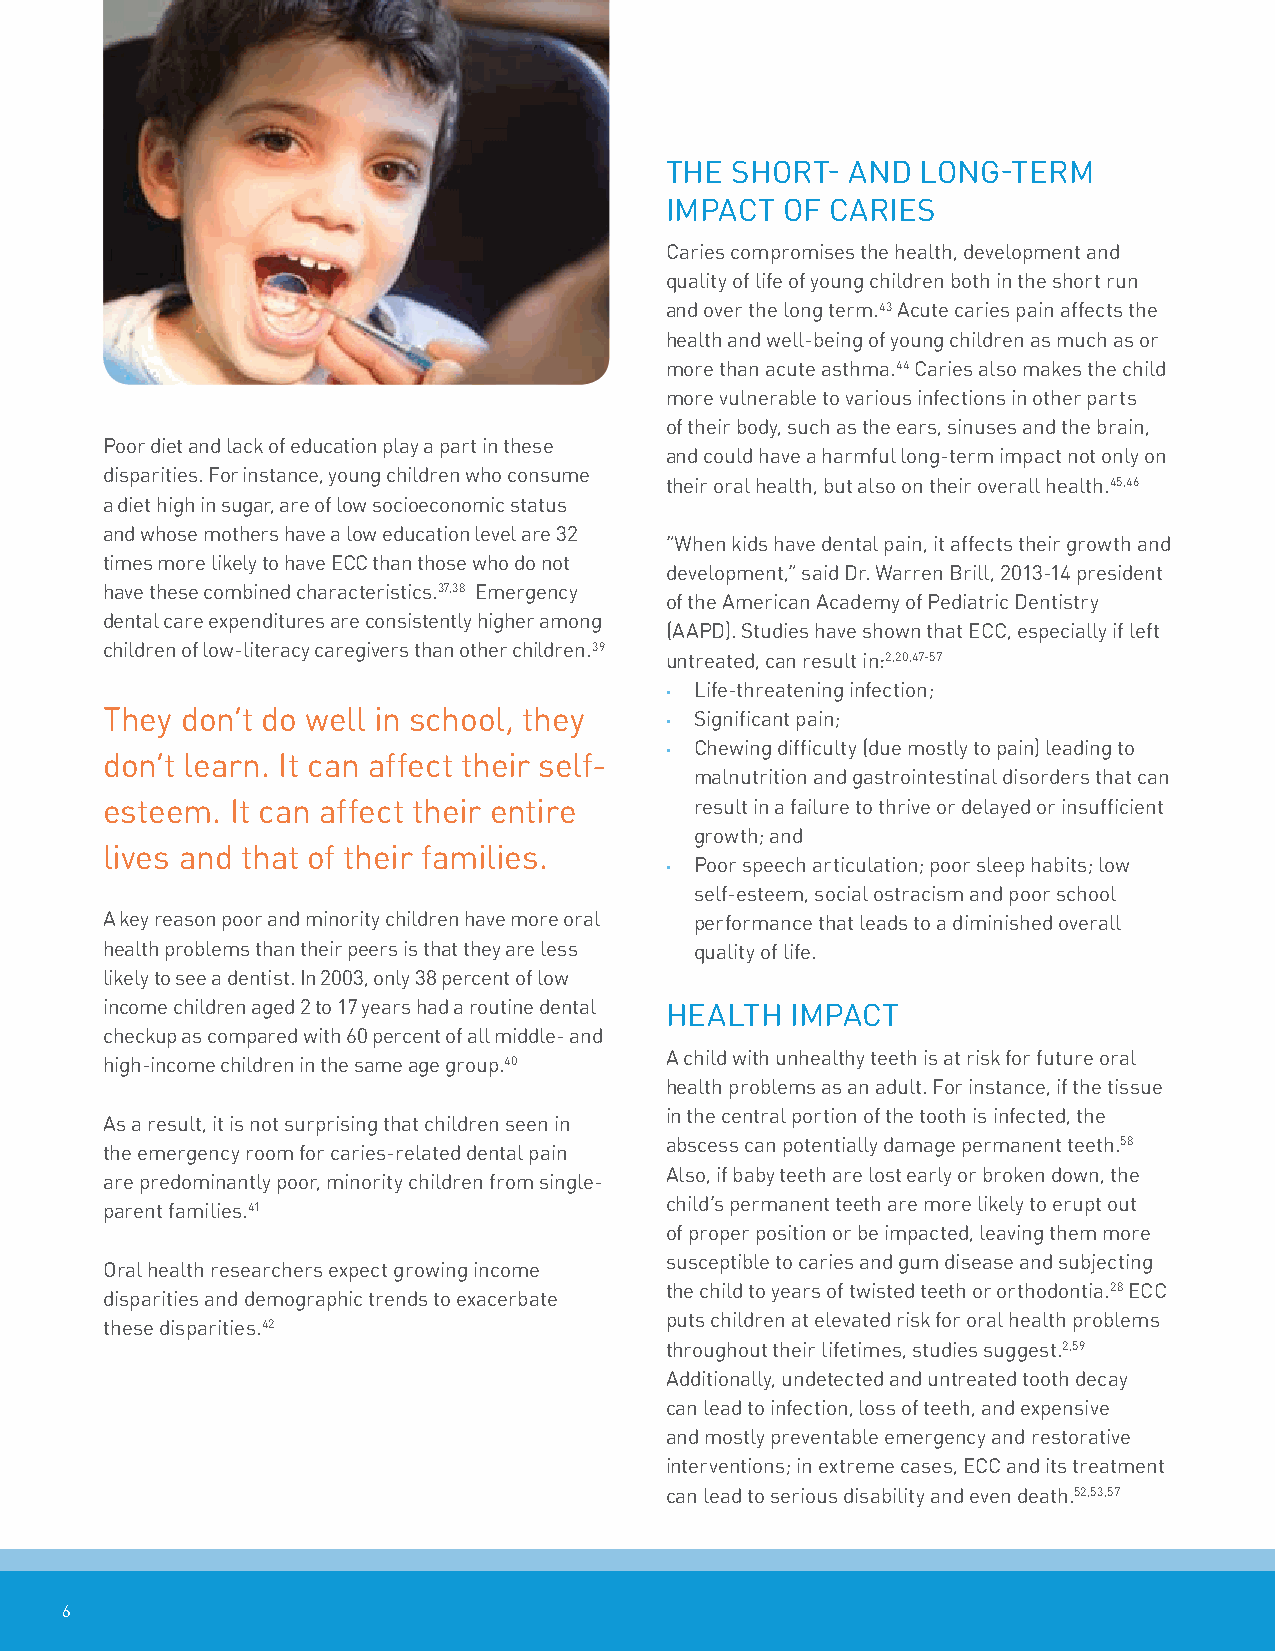
The ShoRT-  anD  Long-TeRM
 iMPaCT  of CaRieS
 Caries compromises the health, development and
 quality of life of young children both in the short run
 and over the long term.43 acute caries pain affects the
 health and well-being of young children as much as or
 more than acute asthma.44 Caries also makes the child
 more vulnerable to various infections in other parts
 of their body, such as the ears, sinuses and the brain,
 Poor diet and lack of education play a part in these
 and could have a harmful long-term impact not only on
 disparities. for instance, young children who consume
 their oral health, but also on their overall health.45,46
 a diet high in sugar, are of low socioeconomic status
 and whose mothers have a low education level are 32
 “When kids have dental pain, it affects their growth and
 times more likely to have eCC than those who do not
 development,” said Dr. Warren Brill, 2013-14 president
 have these combined characteristics.37,38 emergency
 of the american academy of Pediatric Dentistry
 dental care expenditures are consistently higher among
 (aaPD). Studies have shown that eCC, especially if left
 children of low-literacy caregivers than other children.39
 untreated, can result in:2,20,47-57
 • Life-threatening infection;
 They don’t do well in school, they   • Significant pain;
 • Chewing difficulty (due mostly to pain) leading to
 don’t learn. it can affect their self-
 malnutrition and gastrointestinal disorders that can
 esteem. it can affect their entire     result in a failure to thrive or delayed or insufficient
 growth; and
 lives and that of their families.
 • Poor speech articulation; poor sleep habits; low
 self-esteem, social ostracism and poor school
 a key reason poor and minority children have more oral performance that leads to a diminished overall
 health problems than their peers is that they are less quality of life.
 likely to see a dentist. in 2003, only 38 percent of low
 income children aged 2 to 17 years had a routine dental heaLTh iMPaCT
 checkup as compared with 60 percent of all middle- and
 a child with unhealthy teeth is at risk for future oral
 high-income children in the same age group.40
 health problems as an adult. for instance, if the tissue
 in the central portion of the tooth is infected, the
 as a result, it is not surprising that children seen in
 abscess can potentially damage permanent teeth.58
 the emergency room for caries-related dental pain
 also, if baby teeth are lost early or broken down, the
 are predominantly poor, minority children from single-
 child’s permanent teeth are more likely to erupt out
 parent families.41
 of proper position or be impacted, leaving them more
 susceptible to caries and gum disease and subjecting
 oral health researchers expect growing income
 the child to years of twisted teeth or orthodontia.28 eCC
 disparities and demographic trends to exacerbate
 puts children at elevated risk for oral health problems
 these disparities.42
 throughout their lifetimes, studies suggest.2,59
 additionally, undetected and untreated tooth decay
 can lead to infection, loss of teeth, and expensive
 and mostly preventable emergency and restorative
 interventions; in extreme cases, eCC and its treatment
 can lead to serious disability and even death.52,53,57
 6